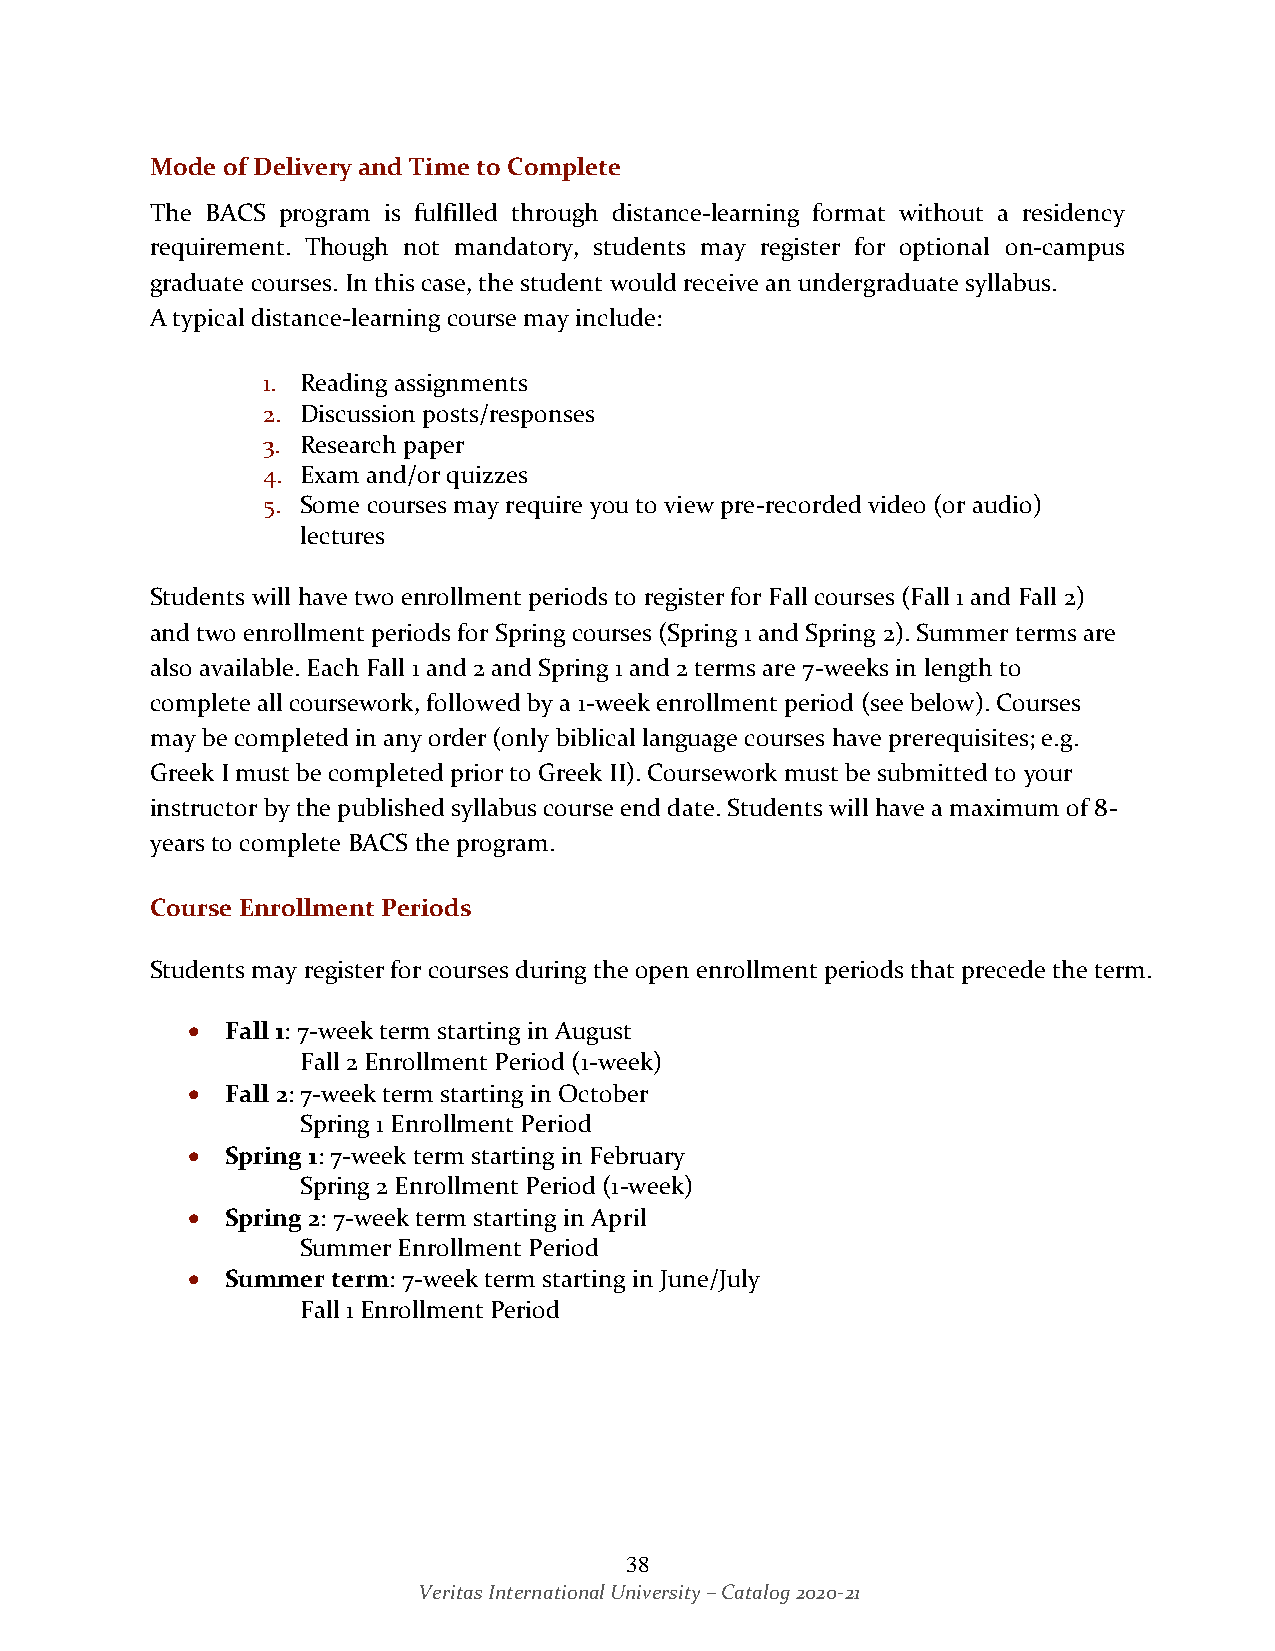
Mode of Delivery and Time to Complete
 The BACS program is fulfilled through distance-learning format without a residency
 requirement. Though not mandatory, students may register for optional on-campus
 graduate courses. In this case, the student would receive an undergraduate syllabus.
 A typical distance-learning course may include:
 1. Reading assignments
 2. Discussion posts/responses
 3. Research paper
 4. Exam and/or quizzes
 5. Some courses may require you to view pre-recorded video (or audio)
 lectures
 Students will have two enrollment periods to register for Fall courses (Fall 1 and Fall 2)
 and two enrollment periods for Spring courses (Spring 1 and Spring 2). Summer terms are
 also available. Each Fall 1 and 2 and Spring 1 and 2 terms are 7-weeks in length to
 complete all coursework, followed by a 1-week enrollment period (see below). Courses
 may be completed in any order (only biblical language courses have prerequisites; e.g.
 Greek I must be completed prior to Greek II). Coursework must be submitted to your
 instructor by the published syllabus course end date. Students will have a maximum of 8-
 years to complete BACS the program.
 Course Enrollment Periods
 Students may register for courses during the open enrollment periods that precede the term.
 •  Fall 1: 7-week term starting in August
 Fall 2 Enrollment Period (1-week)
 •  Fall 2: 7-week term starting in October
 Spring 1 Enrollment Period
 •  Spring 1: 7-week term starting in February
 Spring 2 Enrollment Period (1-week)
 •  Spring 2: 7-week term starting in April
 Summer Enrollment Period
 •  Summer term: 7-week term starting in June/July
 Fall 1 Enrollment Period
 38
 Veritas International University – Catalog 2020-21